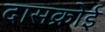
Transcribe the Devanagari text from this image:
दासक्रोई